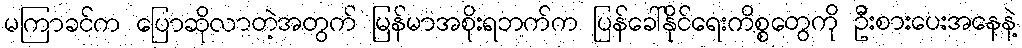
မကြာခင်က ပြောဆိုလာတဲ့အတွက် မြန်မာအစိုးရဘက်က ပြန်ခေါ်နိုင်ရေးကိစ္စတွေကို ဦးစားပေးအနေနဲ့